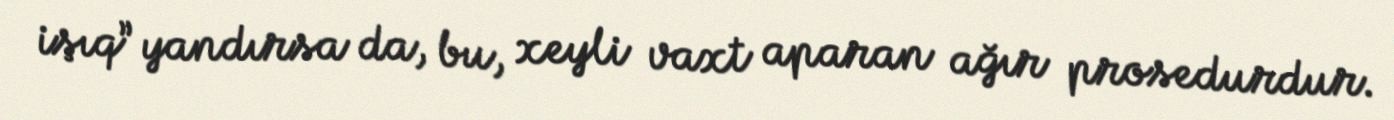
işıq” yandırsa da, bu, xeyli vaxt aparan ağır prosedurdur.